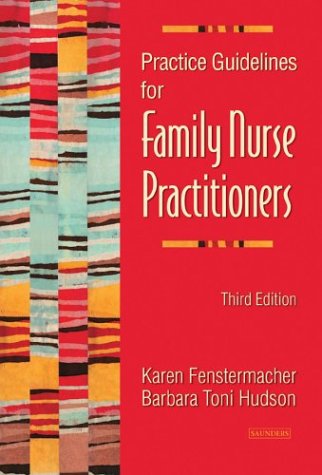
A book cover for Practice Guidelines for Family Nurse Practitioners, 3e; Karen Fenstermacher; Medical Books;